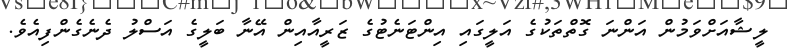
ލީޝާއަށްވަމުން އަންނަ ގޮތްތަކުގެ އަލީގައި އިންޓަނެޓުގެ ޒަރީއާއިން އޭނާ ބަލީގެ އަސްލު ދެނެގެންފިއެވެ.